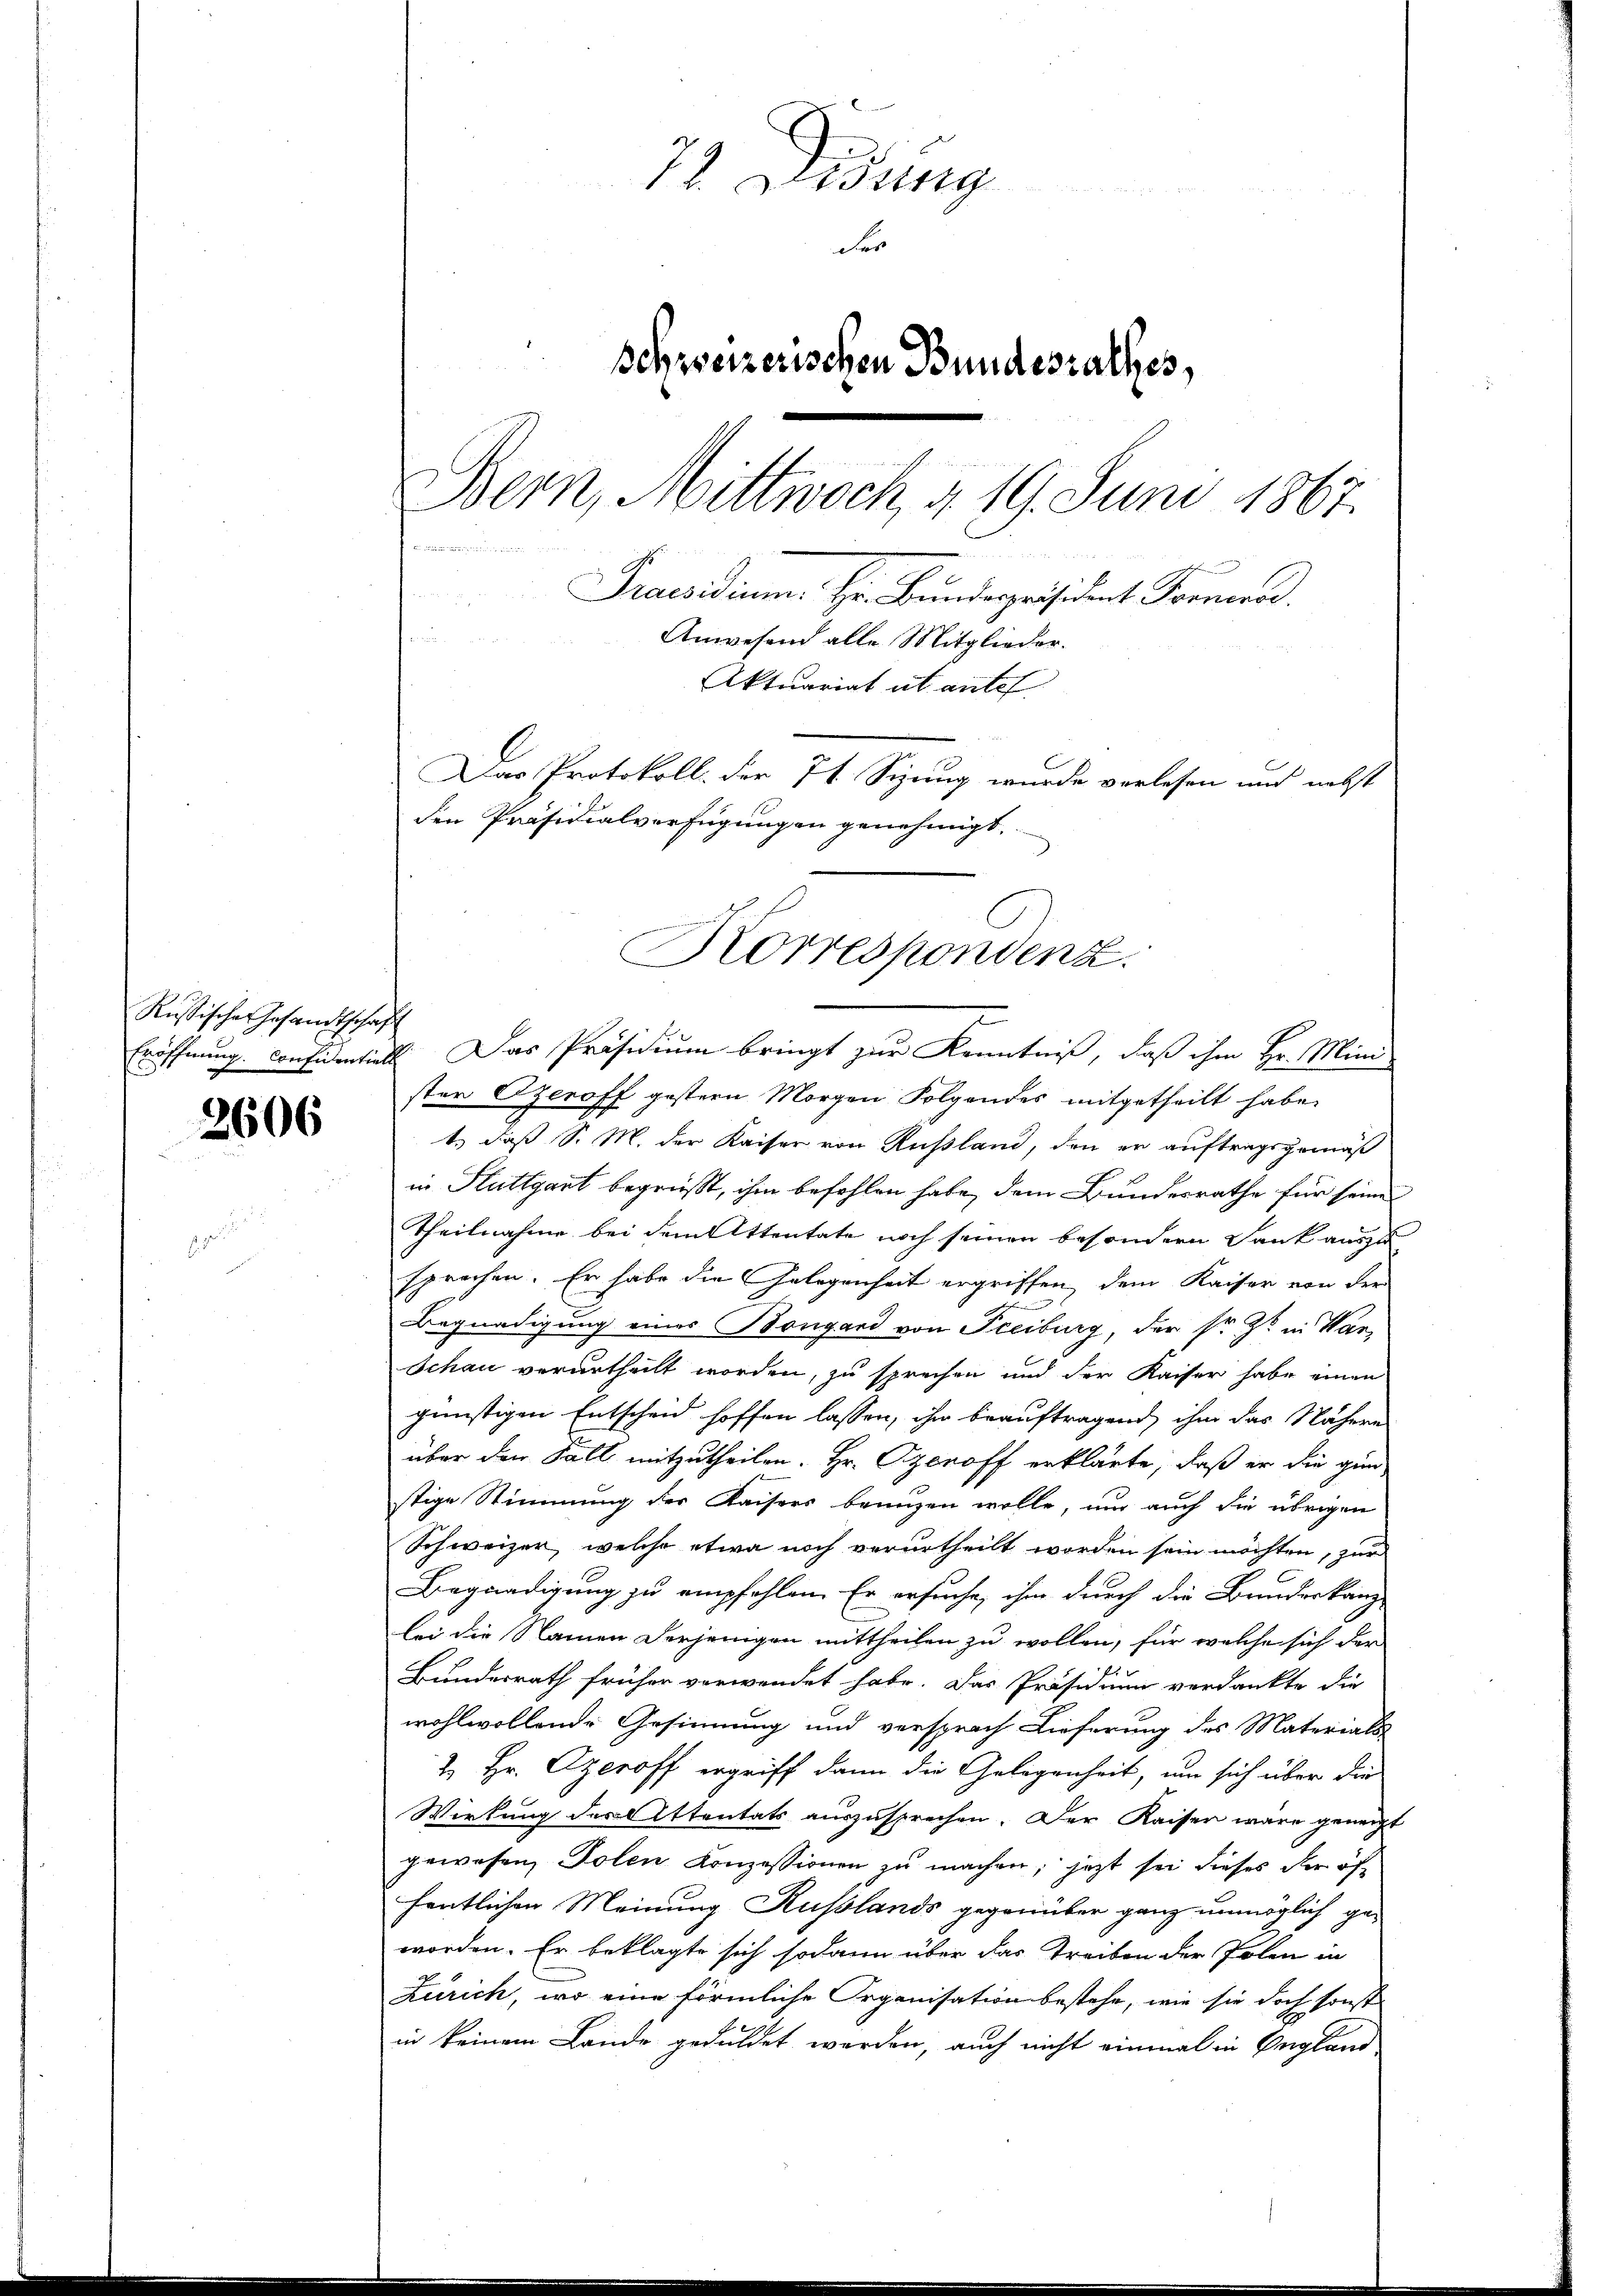
Russischer Gesandtschaft

2606

72. Lesung
der
Schweizerischen Bundesrathes,
Bern, Mittwoch, § 19. Juni 1867.

Praesidium. Hr. Bundespräsident Formend.
Anwesend alle Mitglieder.
Aktuariat ut antel
Das Protokoll der 74 Sizung wurde verlesen und nebst
den Präsidialverfügungen genehmigt.

Eröffnung. Considentiell. Das Präsidium bringt zur Kenntniß, daß ihm Hr. Mini-
ster Czeroff gestern Morgen Folgendes mitgetheilt habe.
1.) daß S. M. der Kaiser von Russland, den er auftragsgemäß
in Stuttgart begrüßt, ihm befehlen habe, dem Bundesrathe für seine
Theilnahme bei dem Attentate noch seinen besondern Dank auszu
sprochen. Er habe die Gelegenheit ergriffen, dem Kaiser von der
Begnadigung eines Bongard von Freiburg, der sr. Zt. in War¬
Schau verurtheilt worden, zu sprechen und der Kaiser habe einen
günstigen Entscheid hoffen lassen, ihm beauftragend, ihm das Nähere
über den Fall mitzutheilen. Hr. Peroff erklärte, daß er die gin
stige Stimmung der Kaisers branzen wolle, nur auch die übrigen
Schweizer, welche etwa noch verurtheilt worden sein möchten, zur
Begnadigung zu empfehlen. Er ersuche, ihm durch die Bundeskanz
bei die Namen derjenigen mittheilen zu wollen, für welche sich der
Bundesrath früher verwendet habe. Das Präsidium verdankte die
wohlwollende Gesinnung und versprach Lieferung des Materials
2. Hr. Czeroff ergriff dann die Gelegenheit, um sich über die
Wirkung des Attentats auszusprechen. Der Kaisen wäre geneigt
gewesen, Polen Konzessionen zu machen; jetzt sei dieses der öffentlichen Meinung Russlands gegenüber ganz unmöglich geworden. Er beklagte sich sodann über das Treiben der Polen in
Zürich, wo eine förmliche Organisation bestehe, wie sie doch sonst
in keinem Lande geduldet werden, auch nicht einmal in England

Korrespondenz.